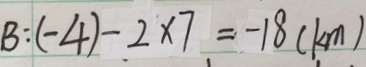
B : ( - 4 ) - 2 \times 7 = - 1 8 ( k m )